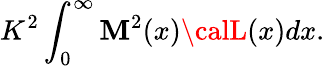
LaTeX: K^{2}\int_{0}^{\infty}\mathbf{M}^{2}(x){\calL}(x)dx.